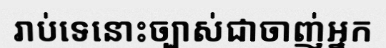
រាប់ទេនោះច្បាស់ជាចាញ់អ្នក